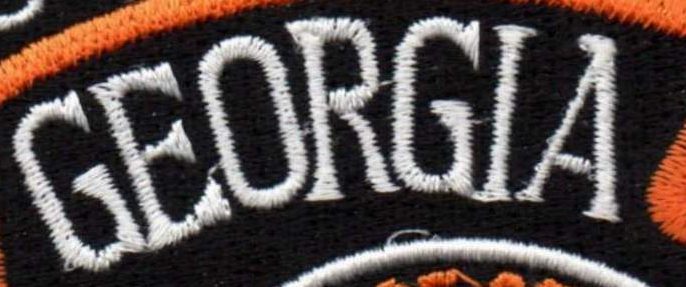
GEORGIA